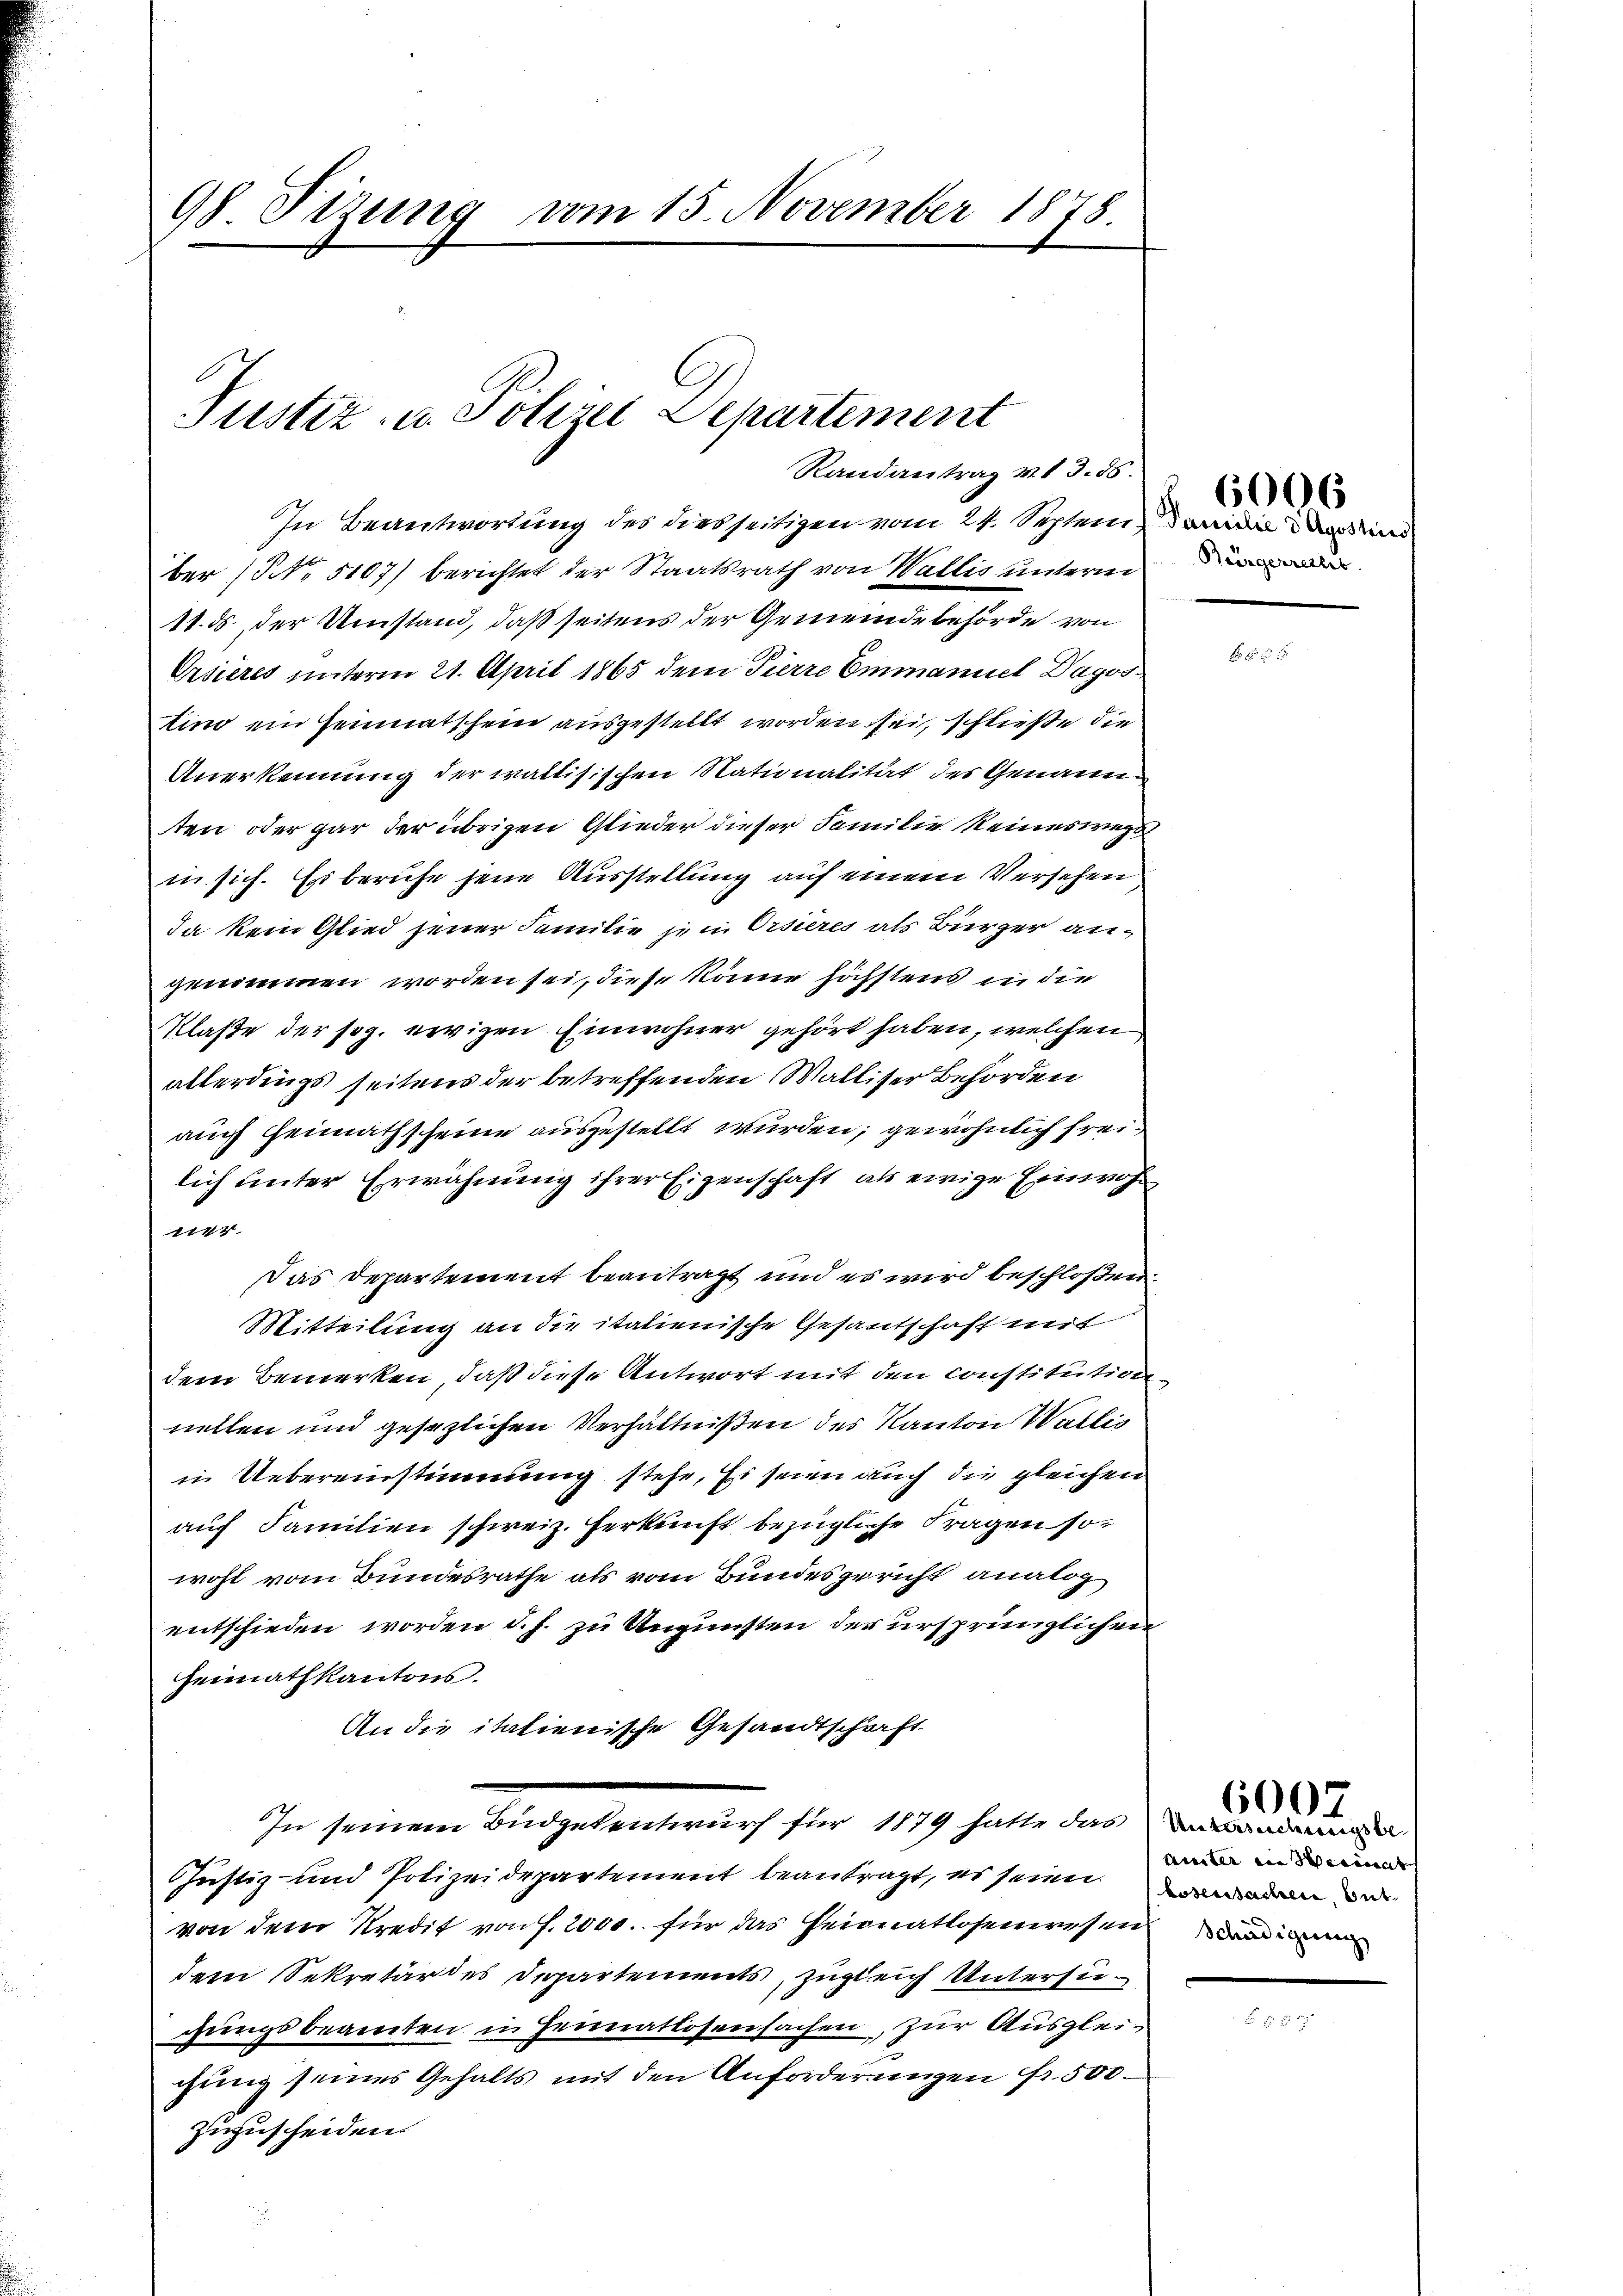
In Beantwortung des diesseitigen vom 24. Septem, und
ber (NNo. 5107) berichtet der Staatsrath von Wallis unterm
11. ds. der Umstand, daß seitens der Gemeindebehörde von
Ersieres unterm 21. April 1865 dem Pierre Emmaniel Dagostino ein Heimatschein ausgestellt worden sei, schließe die
Anerkennung der waltisischen Nationalität des Genann
ten oder gar der übrigen Glieder dieser Familie keineswegs
in sich. Es beruhe jene Ausstellung auf einem Versehen
Ja kein Glied jener Familie zum Orsieres als Bierger angenommen worden sei, diese könne höchstens in die
Klaße der sog. ewigen Einwohner gehört haben, welchen
alterdings seitens der betreffenden Walliser Behörden
auch Heimathscheine ausgestellt wurden, gewöhnlich freilich unter Erwähnung ihrer Eigenschaft als ewige Einwohn
1177
Das Departement beantragt und es wird beschloßen:
Mitteilung an die italienische Gesantschaft mit
dem Bemerken, daß diese Antwort mit den constitution
nitten und gesezlichen Verhältnißen des Kanton Wallis
in Uebereinstimmung stehe. Es seien auch die gleichen
auf Familien schweiz. Herkunft bezügliche Fragen so
wohl vom Bundesrathe als vom Bundesgericht analog
entschieden worden d. h. zu Ungunsten der ursprünglichen
Heimathkantons.
An die italienische Gesandtschaft
In seinem Büdgetentwurf für 1879 hatte das
Justiz- und Polizeidepartement beantragt, es seien an an di
von dem Kredit von f. 2000. für das Heimatlosenwesen
dem Sekretär des Departements, zugleich Untersugungsbeamten in Heimatlosensachen, zur Ausgleigung seines Gehalts mit den Anforderungen Fr. 500.
zuzuscheiden

98. Sizung vom 15. November 1878.

Justiz- u. Polizei Departement
Randantrag v. 13. 86.

6006

Unter in seines

6007